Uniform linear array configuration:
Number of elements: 32
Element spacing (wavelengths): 0.25
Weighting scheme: cosine
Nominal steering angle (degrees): -30
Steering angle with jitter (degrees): -28.439
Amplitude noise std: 0.05
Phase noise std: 0.05

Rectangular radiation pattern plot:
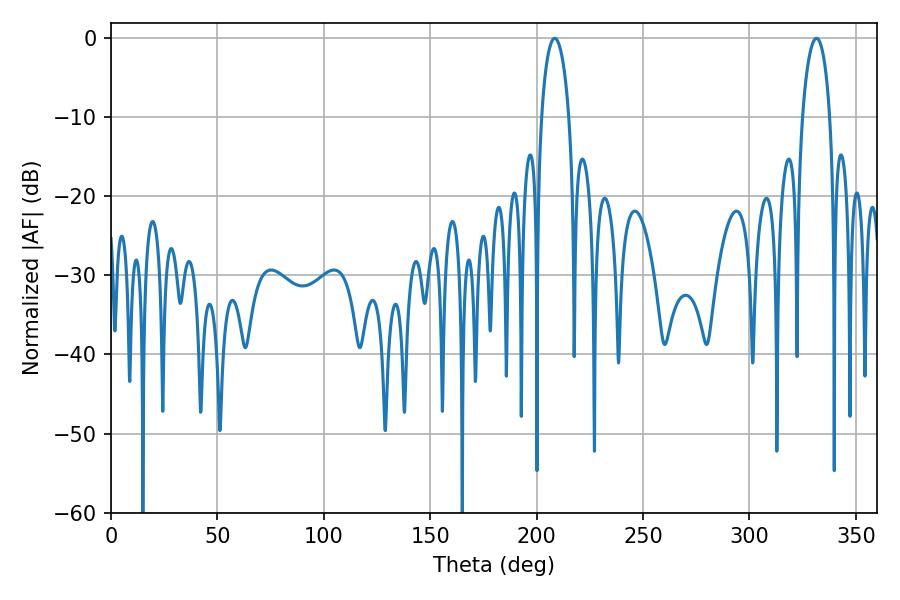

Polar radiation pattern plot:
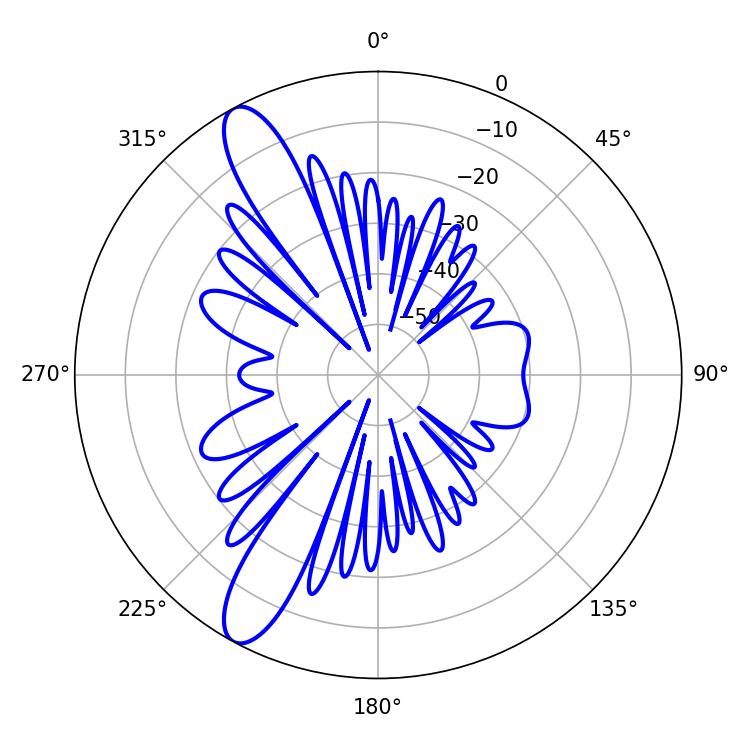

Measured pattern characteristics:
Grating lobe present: FALSE
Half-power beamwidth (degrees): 7.38
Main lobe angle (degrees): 208.44